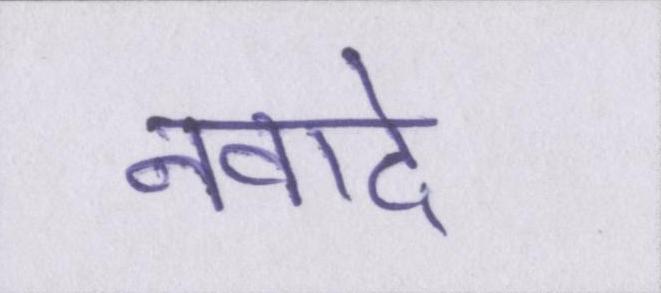
नवादे